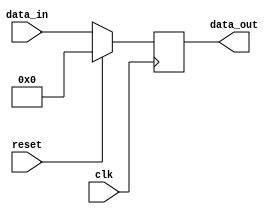
module my_module (
  input wire clk,
  input wire reset,
  input wire [7:0] data_in,
  output reg [7:0] data_out
);

  reg [7:0] reg_data;

  always @(negedge clk) begin
    if (reset) begin
      reg_data <= 8'b0;
    end else begin
      reg_data <= data_in;
    end
  end

  assign data_out = reg_data;

endmodule